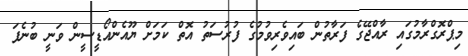
މިޕްރޮގްރާމުގައި ރާއްޖޭގެ ފަރާތުން ބައިވެރިވުމުގެ ފުރުސަތު އޮތް ކަމަށް ޔޫއެންއޯޑީސީން ވަނީ ބުނެފަ